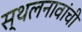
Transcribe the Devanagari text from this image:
स्थलनावांची